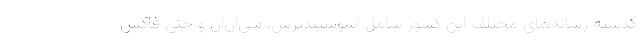
گذشته رسانه‌های مختلف این کشور شامل آسوشیتدپرس، سی‌ان‌ان و حتی فاکس